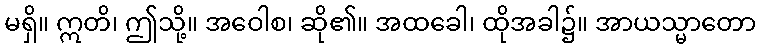
မရှိ။ ဣတိ၊ ဤသို့။ အဝေါစ၊ ဆို၏။ အထခေါ၊ ထိုအခါ၌။ အာယသ္မာတော